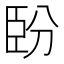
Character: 𦣡